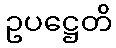
ဥပဋ္ဌေတိ